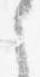
之